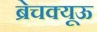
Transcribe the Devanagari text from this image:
ब्रेचक्यूऊ